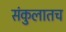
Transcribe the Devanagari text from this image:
संकुलातच